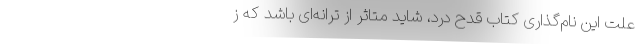
علت این نام‌گذاری کتاب قدح دُرد، شاید متاثر از ترانه‌ای باشد که ز